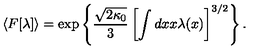
\langle F [ \lambda ] \rangle = \exp \left\{ \frac { \sqrt { 2 \kappa _ { 0 } } } { 3 } \left[ \int d x x \lambda ( x ) \right] ^ { 3 / 2 } \right\} .